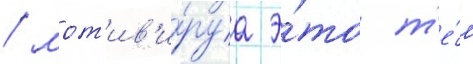
/ мот'ив'и́руа э́то т'е́м